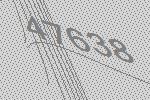
47638